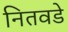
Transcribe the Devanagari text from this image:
नितवडे